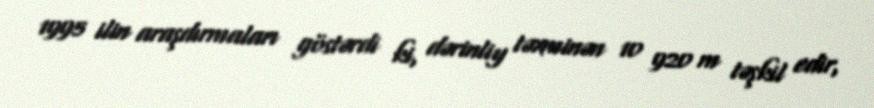
1995 ilin araşdırmaları göstərdi ki, dərinliy təxminən 10 920 m təşkil edir,